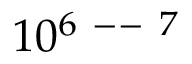
1 0 ^ { 6 \mathrm { ~ -- ~ } 7 }